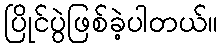
ပြိုင်ပွဲဖြစ်ခဲ့ပါတယ်။